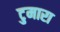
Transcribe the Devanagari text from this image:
टुमारा